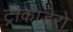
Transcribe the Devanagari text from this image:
ट्रोकाडेरो